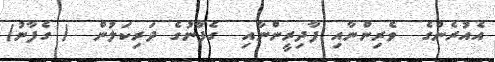
އެއުރެންގެ  ވެރިންނާއި ފާދިރީންނާއި  ގެފާނުގެ ދަރިކަލުން  ( ގެފާނު)